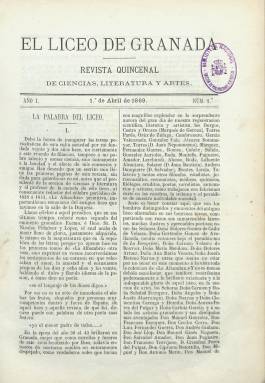
Título: El Liceo de Granada
Colección: Cultura
Ámbito geográfico: Granada
Lugar de publicación: Granada
Fechas: 01/04/1869-31/12/1875

Revista publicada por los intelectuales agrupados en torno al Liceo Artístico y Literario de Granada, que había surgido en la década de los treinta del siglo diecinueve con el nombre de Asociación Literaria, y que, siguiendo el ejemplo de los liceos que ya funcionaban en Madrid, Murcia, Valencia, Sevilla y Barcelona cuando adopta el de esta sociedad, en 1839, y hasta 1843, ya había editado el semanario La Alhambra, en pleno auge del movimiento romántico, con contenidos literarios, de ciencias y bellas artes, además de difundir láminas litografiadas. También, en 1860, editará hasta dieciocho números del semanario El Liceo granadino.

Ahora, esta tercera revista será quincenal (apareciendo los días 1 y 15 de cada mes), publicando su primer número el uno de abril de 1869, y a partir de 1875 y hasta su última entrega, en junio de 1876, será mensual,  en números siempre de dieciséis páginas, compuestas a dos columnas, pero sin ningún tipo de grabados o ilustraciones. Se difundirá gratuitamente entre sus socios, cuyos directivos serán asimismo redactores y colaboradores de la revista.

Su fundadores y directores fueron Nicolás de Paso y Delgado (18201897-), que se encontraba también entre los fundadores de la citada sociedad literario-recreativa y que llegará a ser rector de la Universidad de Granada y parlamentario en Cortes, así como Aureliano Ruiz, que fallecerá en 1899. Entre estos directivos, redactores y colaboradores estuvieron, además de estos dos citados, Luis de Aguilera Suárez, Hipólito Mejía, José Muntada, José España Lledó, Salvador Pérez Montoto, Leopoldo E. de Arce, J. Acosta, Juan de Dios Ruiz, Eduardo Pelayo o Bonifacio Riaño, así como Eduarda Moreno de López-Nuño, Rogelia León y Nieto, Nicolás de Roda, Antonio Afán de Rivera, Melchor Almagro Díaz, Manuel del Palacio, Ramón de Campoamor o Pedro A. de Alarcón, entre otros muchos.

Además de dar cuenta de las actividades del Liceo, publicará textos en prosa y verso. Entre los primeros, estudios económicos, sociales, históricos, arqueológicos,  jurídicos, costumbristas, de bellas artes, biográficos y bibliográficos, o de crítica literaria, así como leyendas o cuentos; y entre los segundos, sonetos o epigramas.

Forma tomos anuales, y en cada uno de ellos incluye un índice de los sumarios de sus entregas, que tienen foliación continuada. El primer año fue estampado en la imprenta de Puchol, y los restantes en la de Paulino Ventura. La colección de la Biblioteca Nacional de España carece de los años 1872 a 1874. Esta institución cultural granadina alargará su vida hasta finales del siglo XIX.